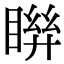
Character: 𥈒